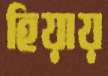
হিয়ায়